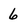
Character: 6